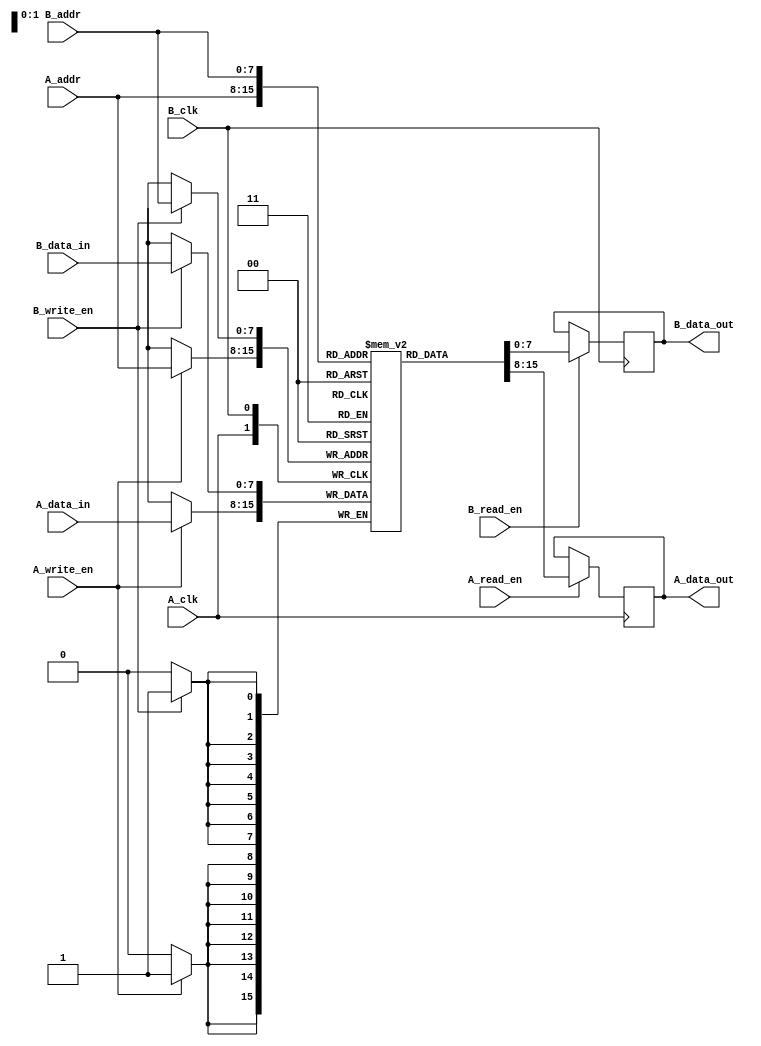
module dual_port_ram #(
    parameter DATA_WIDTH = 8,  // Data width in bits
    parameter ADDR_WIDTH = 8   // Address width (e.g., 256 words = 8-bit address)
)(
    // Port A
    input  wire                     A_clk,
    input  wire [ADDR_WIDTH-1:0]   A_addr,
    input  wire [DATA_WIDTH-1:0]   A_data_in,
    input  wire                     A_read_en,
    input  wire                     A_write_en,
    output reg  [DATA_WIDTH-1:0]   A_data_out,

    // Port B
    input  wire                     B_clk,
    input  wire [ADDR_WIDTH-1:0]   B_addr,
    input  wire [DATA_WIDTH-1:0]   B_data_in,
    input  wire                     B_read_en,
    input  wire                     B_write_en,
    output reg  [DATA_WIDTH-1:0]   B_data_out
);

    // Memory array
    reg [DATA_WIDTH-1:0] mem [(2**ADDR_WIDTH)-1:0];

    // Port A operations
    always @(posedge A_clk) begin
        if (A_write_en) begin
            mem[A_addr] <= A_data_in;  // Write data to memory
        end
        if (A_read_en) begin
            A_data_out <= mem[A_addr];  // Read data from memory
        end
    end

    // Port B operations
    always @(posedge B_clk) begin
        if (B_write_en) begin
            mem[B_addr] <= B_data_in;  // Write data to memory
        end
        if (B_read_en) begin
            B_data_out <= mem[B_addr];  // Read data from memory
        end
    end

endmodule